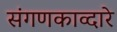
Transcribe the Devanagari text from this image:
संगणकाव्दारे